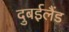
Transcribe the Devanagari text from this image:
दुबईलैंड